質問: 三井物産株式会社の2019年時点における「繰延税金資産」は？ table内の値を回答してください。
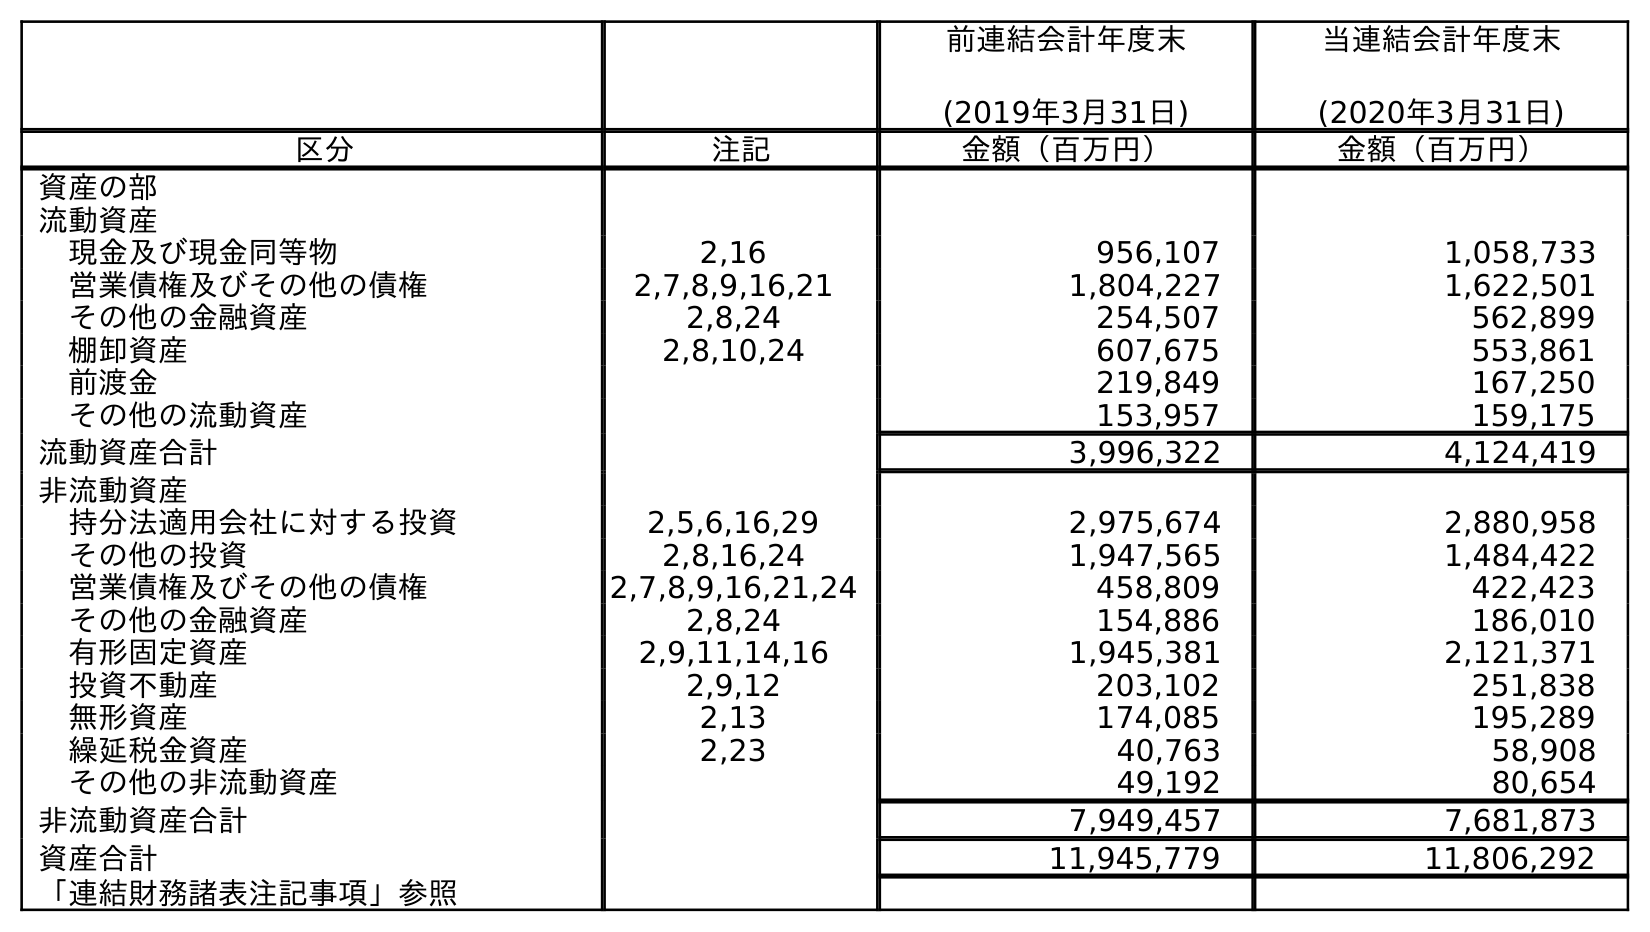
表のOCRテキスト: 前連結会計年度末 (2019年3月31日) 当連結会計年度末 (2020年3月31日) 区分 注記 金額（百万円） 金額（百万円） 資産の部 流動資産 現金及び現金同等物 2,16 956,107 1,058,733 営業債権及びその他の債権 2,7,8,9,16,21 1,804,227 1,622,501 その他の金融資産 2,8,24 254,507 562,899 棚卸資産 2,8,10,24 607,675 553,861 前渡金 219,849 167,250 その他の流動資産 153,957 159,175 流動資産合計 3,996,322 4,124,419 非流動資産 持分法適用会社に対する投資 2,5,6,16,29 2,975,674 2,880,958 その他の投資 2,8,16,24 1,947,565 1,484,422 営業債権及びその他の債権 2,7,8,9,16,21,24 458,809 422,423 その他の金融資産 2,8,24 154,886 186,010 有形固定資産 2,9,11,14,16 1,945,381 2,121,371 投資不動産 2,9,12 203,102 251,838 無形資産 2,13 174,085 195,289 繰延税金資産 2,23 40,763 58,908 その他の非流動資産 49,192 80,654 非流動資産合計 7,949,457 7,681,873 資産合計 11,945,779 11,806,292 「連結財務諸表注記事項」参照
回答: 40,763